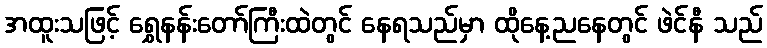
အထူးသဖြင့် ရွှေနန်းတော်ကြီးထဲတွင် နေရသည်မှာ ထိုနေ့ညနေတွင် ဖဲင်နီ သည်